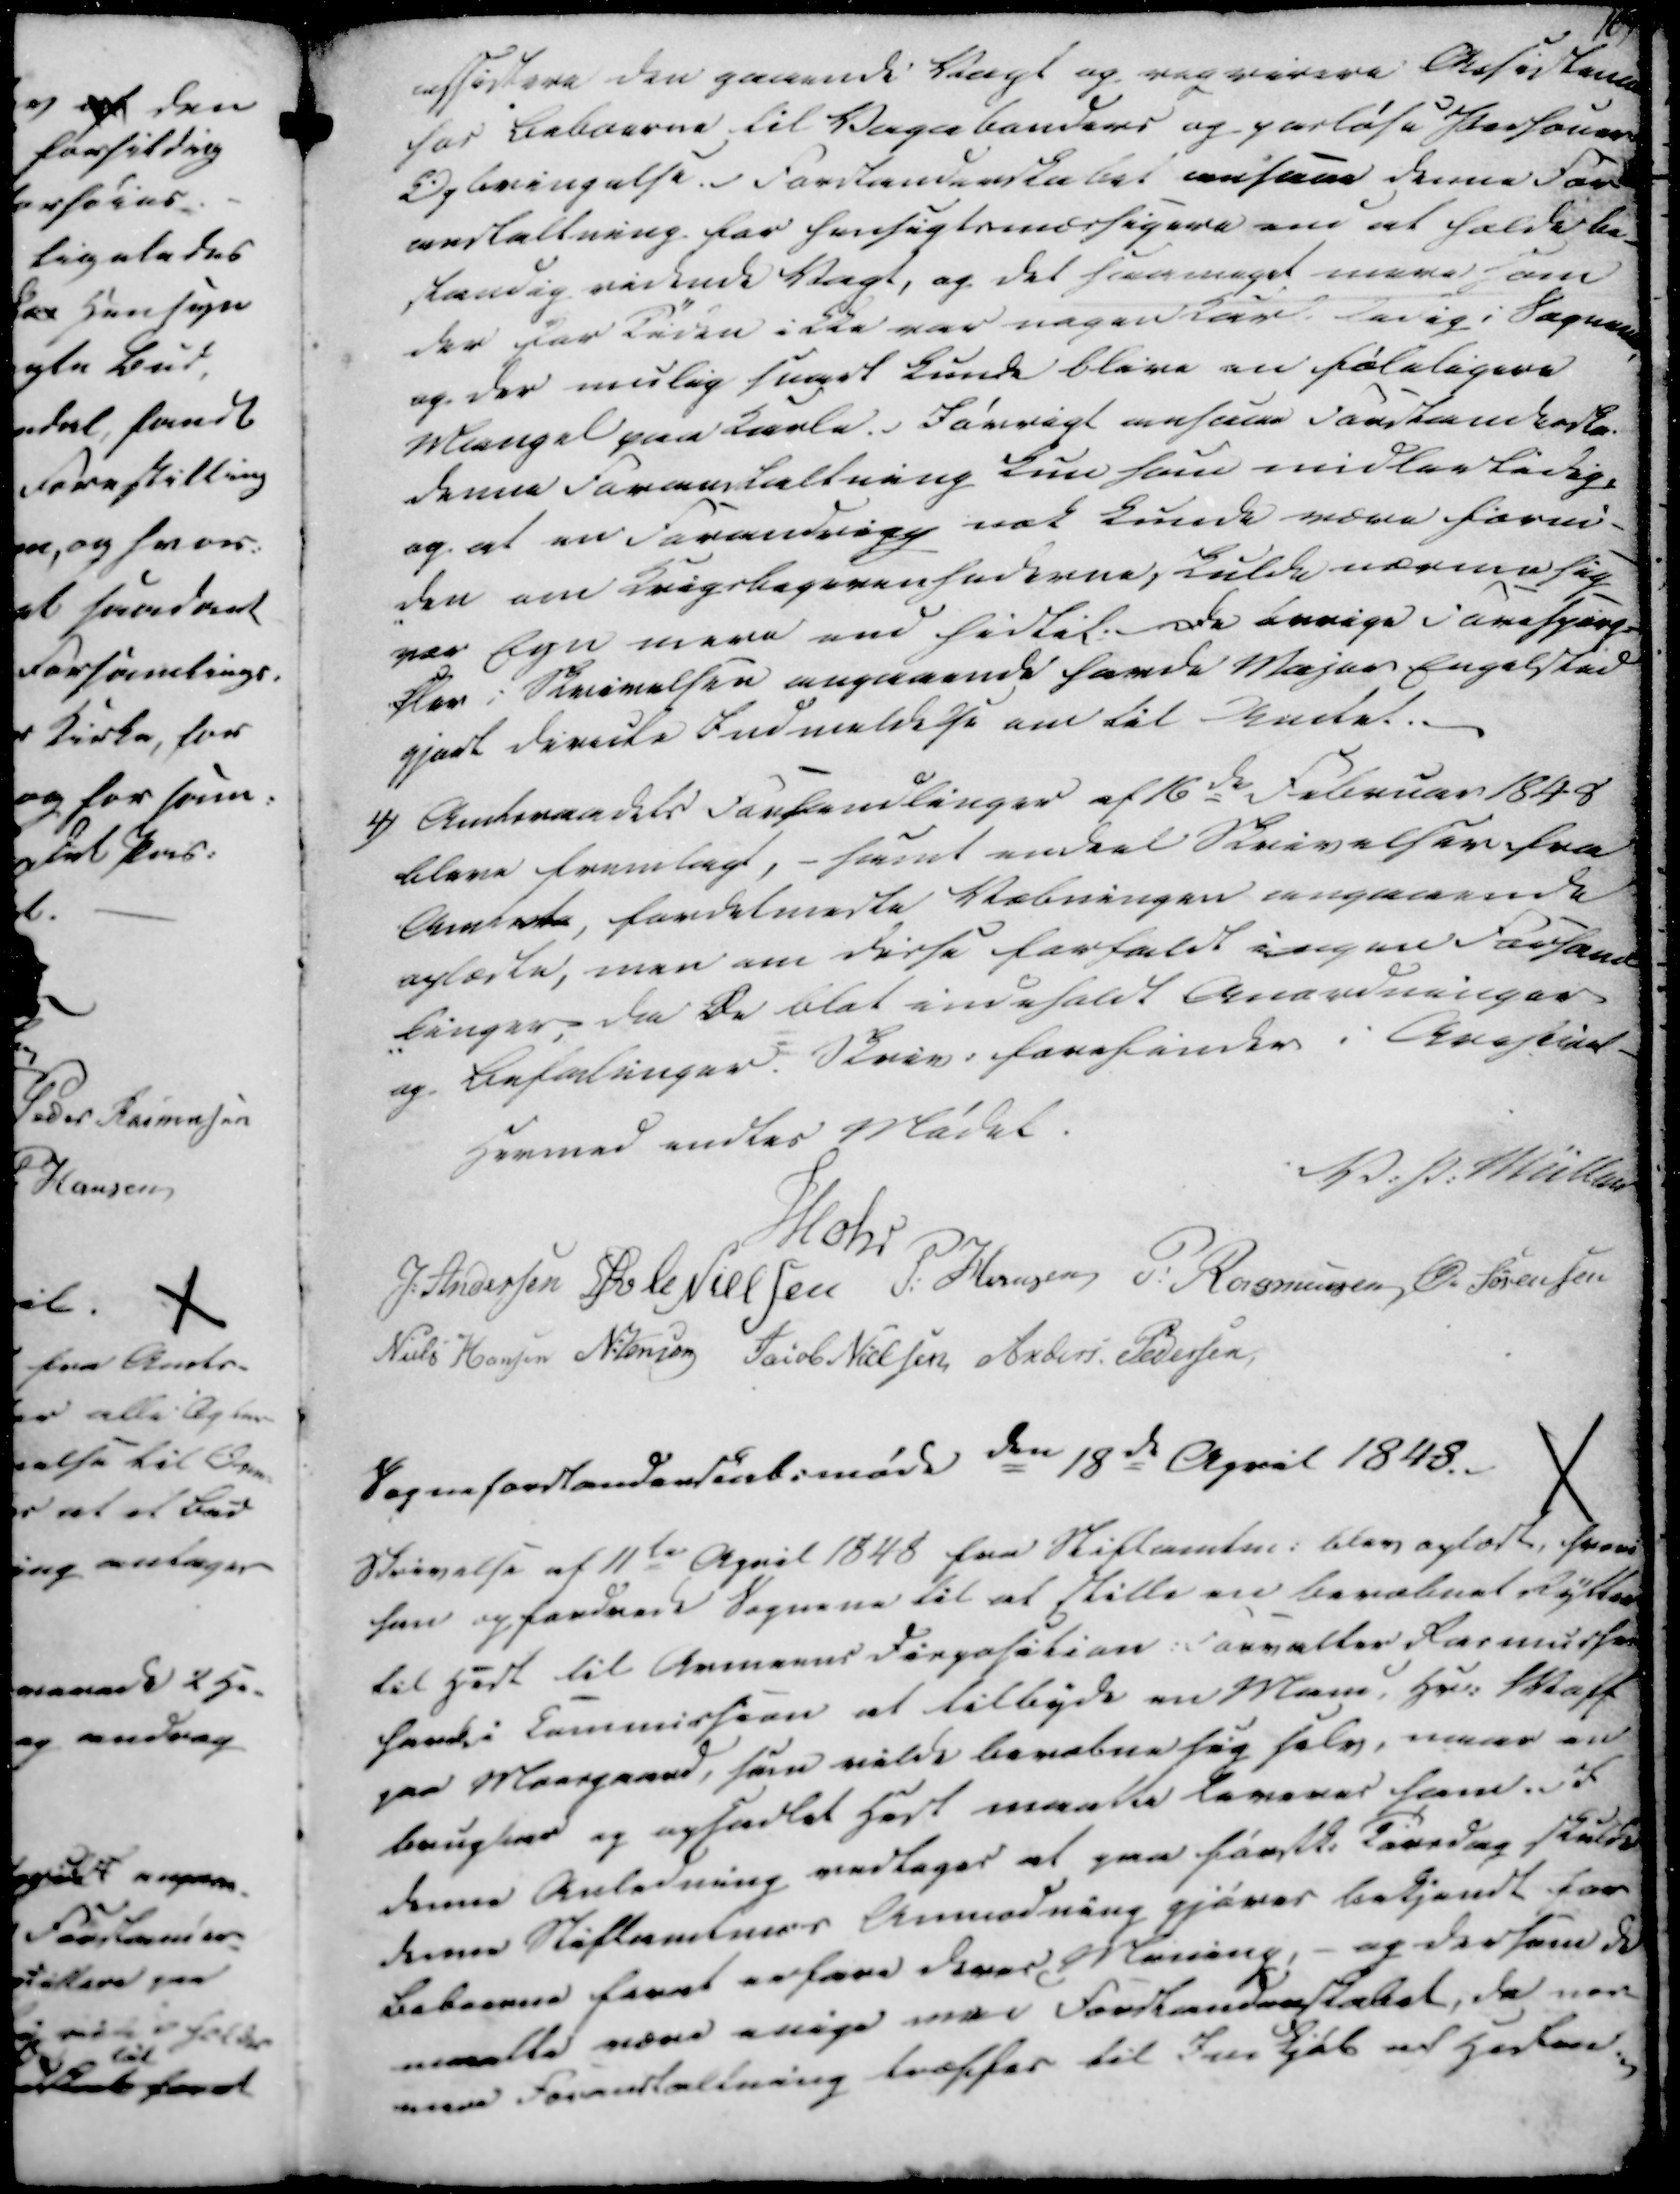
Transskription:
assistere den gaaende Vagt og regvirere Assistance
hos Beboerne til Vagabonders og parløse Personers
Opbringelse. - Forstanderskabet ansaae denne For-
anstaltning for hensigtsmæssigere om at fælde be-
standig virkende Vagt, og det saa meget mere som
der for Tiden ikke var nogen Karl Ledig i Sognene,
og der mulig snart kunde blive en føleligere
Mangel paa Karle. Iøvrigt ansaae Forstanderska.
denne foranstaltning kun som midlertidig,
og at en Forandring nok kunde være foru-
-den om Krigsbegivenhederne skulde nærme sig
vor Egn mere end hidtil. De øvrige Forespørg-
sler i Skrivelsen angaaende havde Major Engelsted
gjort directe Indmeldelse om til Andet.
4) Amtsraadets Forhandlinger af 16de Februar 1848
bleve fremlagt, - samt endeel Skrivelser fra
Amtets, fordelmedte Væbningen angaaende
oplæste, men om disse forfaldt ingen Forhand
-linger, da De blot indeholdt Anordninger
og Befalinger. Skriv. forefindes i Arestid
Hermed endtes Mødet.

V. P. Müller
Mohr
J. Andersen
Øvle Nielsen
P. Hansen
P. Rasmussen
Ø. Sørensen
Niels Hansen
N. Jensen
Jacob Nielsen
Anders Pedersen
Sogneforstanderskabsmøde den 18de April 1848.

Skrivelse af 11te April 1848 fra Stiftamtm. blev oplæst, hvori
han opfordrede Sognene til at stille en bevæbnet Rytter
til Høst til Armeens Disposition. Forvalter Rasmussen
havde i Commission at tilbyde en Mand, Hr. Maff
paa Moesgaard, som vilde bevæbne sig selv, naar en
brugbar og opsadlet Høst maatte leveres ham. St
denne Anledning vedtoges at paa førstk. Tirsdag skulde
denne Stiftamtm.s Anmodning gjøres bekjendt for
Beboerne forat erfare deres Mening, - og dersom de
maatte være enige med Forstanderskabet, da nær-
mere Foranstaltning træffes til Indkjøb af Høsten.